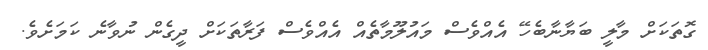
ގޮތަކަށް މާލީ ބަޔާނާބެހޭ އެއްވެސް މައުލޫމާތެއް އެއްވެސް ފަރާތަކަށް ދީގެން ނުވާނެ ކަމަށެވެ.